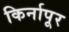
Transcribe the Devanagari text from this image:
किर्नापूर